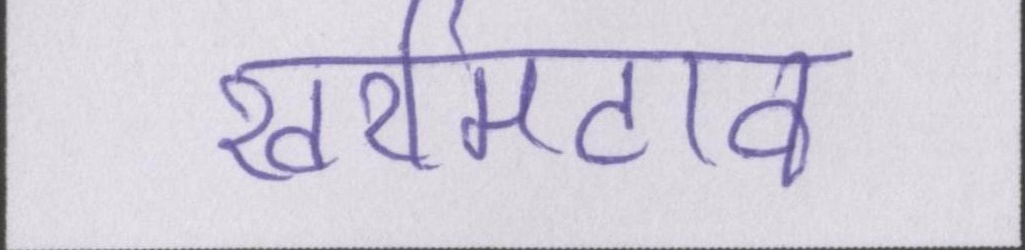
खरमिटाव